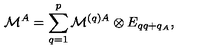
{ \cal M } ^ { A } = \sum _ { q = 1 } ^ { p } { \cal M } ^ { ( q ) A } \otimes E _ { q q + q _ { A } } ,